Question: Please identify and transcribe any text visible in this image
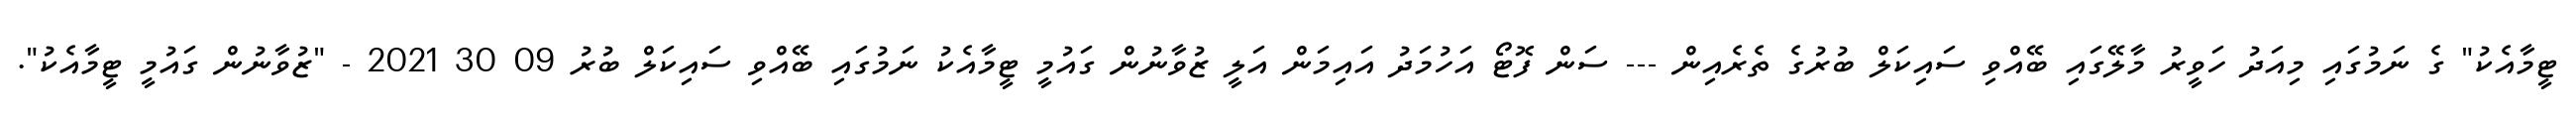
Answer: ޓީމާއެކު" ގެ ނަމުގައި މިއަދު ހަވީރު މާލޭގައި ބޭއްވި ސައިކަލް ބުރުގެ ތެރެއިން --- ސަން ފޮޓޯ އަހުމަދު އައިމަން އަލީ ޒުވާނުން ގައުމީ ޓީމާއެކު ނަމުގައި ބޭއްވި ސައިކަލް ބުރު 09 30 2021 - "ޒުވާނުން ގައުމީ ޓީމާއެކު".